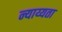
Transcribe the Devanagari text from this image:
न्याय्यता